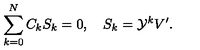
\sum _ { k = 0 } ^ { N } C _ { k } S _ { k } = 0 , \quad S _ { k } = { \cal Y } ^ { k } V ^ { \prime } .